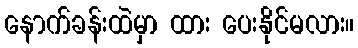
နောက်ခန်းထဲမှာ ထား ပေးနိုင်မလား။